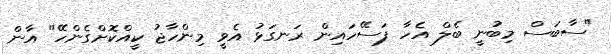
"ސާބަސް މިބުނީ ބެލް އެހާ ފަސޭހައިން ރަނގަޅު އެވީ މިންހާޖު ކީއްކޮށްގެންހޭ" އާން